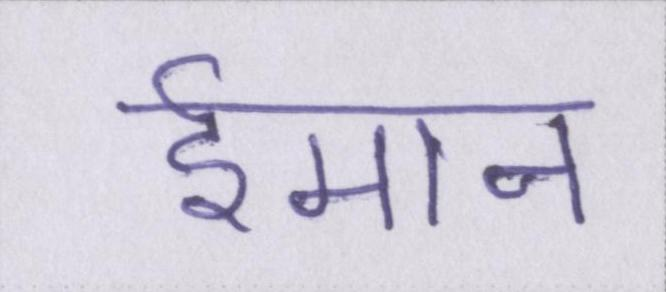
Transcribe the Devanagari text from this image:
ईमान